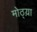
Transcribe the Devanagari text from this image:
मोठ्य़ा